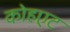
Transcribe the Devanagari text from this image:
कोहएट